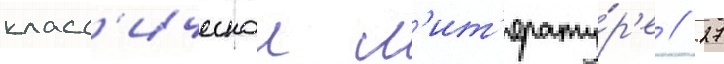
класс'ическои л'ит'ерату́р'е // 27